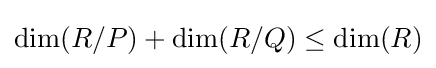
\dim(R/P)+\dim(R/Q)\leq \dim(R)